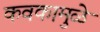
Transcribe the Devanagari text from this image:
कवकामुळे